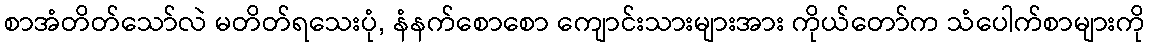
စာအံတိတ်သော်လဲ မတိတ်ရသေးပုံ, နံနက်စောစော ကျောင်းသားများအား ကိုယ်တော်က သံပေါက်စာများကို